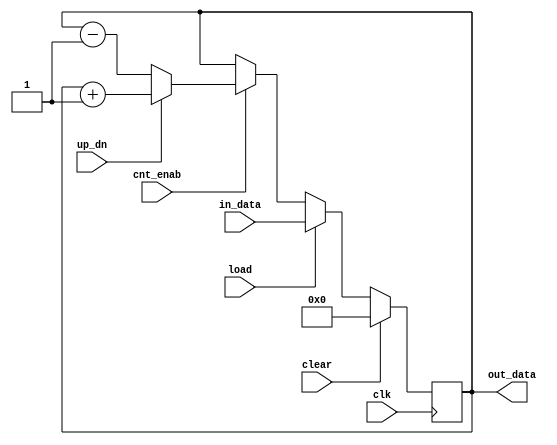
module updowncounter(
	input [width-1:0]in_data,
	input clk, load, clear, cnt_enab,up_dn,
	output reg [width-1:0] out_data
	);
parameter width =8;
// input [ width-1:0] in_data;
// input clk, load,clear,cnt_enab,up_dn,
// output [ width-1:0] out_data;
// reg [idth-1:0] out_data, counter;

always @ (posedge clk )// begin
	if(clear) out_data=0;
	else if (load) out_data=in_data;
	else if ( cnt_enab) //begin
		if(up_dn) out_data=out_data+1;
		else out_data= out_data-1;
		//end 
//end
endmodule